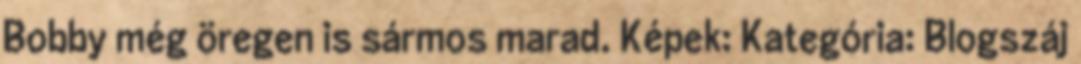
Bobby még öregen is sármos marad. Képek: Kategória: Blogszáj